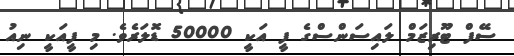
ސޭފް ޓޫރިޒަމް ލައިސަންސްގެ ފީ އަކީ 50000 ޑޮލަރެވެ. މި ފީއަކީ ނިއު